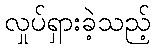
လှုပ်ရှားခဲ့သည့်